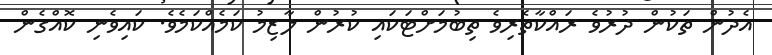
އެދުން ތަކުން ދުރުވެ ރައްކާތެރިވެ ތިބުމަށްޓަކައި ކުރުން ލާޒިމު ކަމެއްކަމެވެ. ކައިވެނި ކޮއްގެން